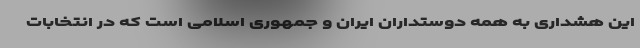
این هشداری به همه دوستداران ایران و جمهوری اسلامی است که در انتخابات